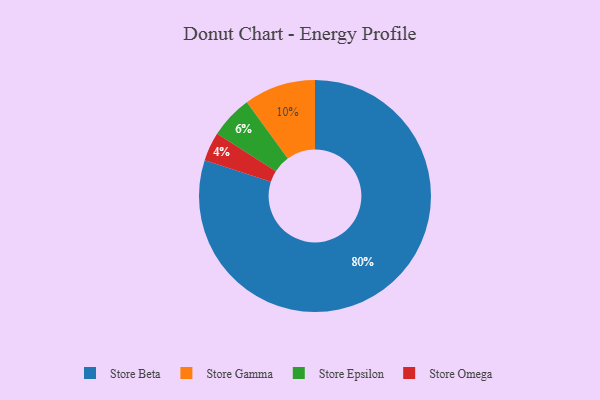
{"axis": {"x": "Category", "y": "Percentage"}, "legend": ["Store Beta", "Store Epsilon", "Store Gamma", "Store Omega"], "data": [{"x": "Store Beta", "y": 80, "type": "Store Beta"}, {"x": "Store Gamma", "y": 10, "type": "Store Gamma"}, {"x": "Store Omega", "y": 4, "type": "Store Omega"}, {"x": "Store Epsilon", "y": 6, "type": "Store Epsilon"}]}